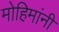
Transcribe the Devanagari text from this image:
मोहिमांनी